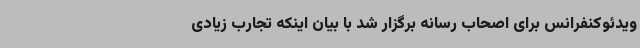
ویدئوکنفرانس برای اصحاب رسانه برگزار شد با بیان اینکه تجارب زیادی